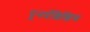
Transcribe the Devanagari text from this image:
पूनर्प्रशिक्षिण